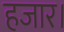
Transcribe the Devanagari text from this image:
हजार।